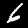
Digit: 6